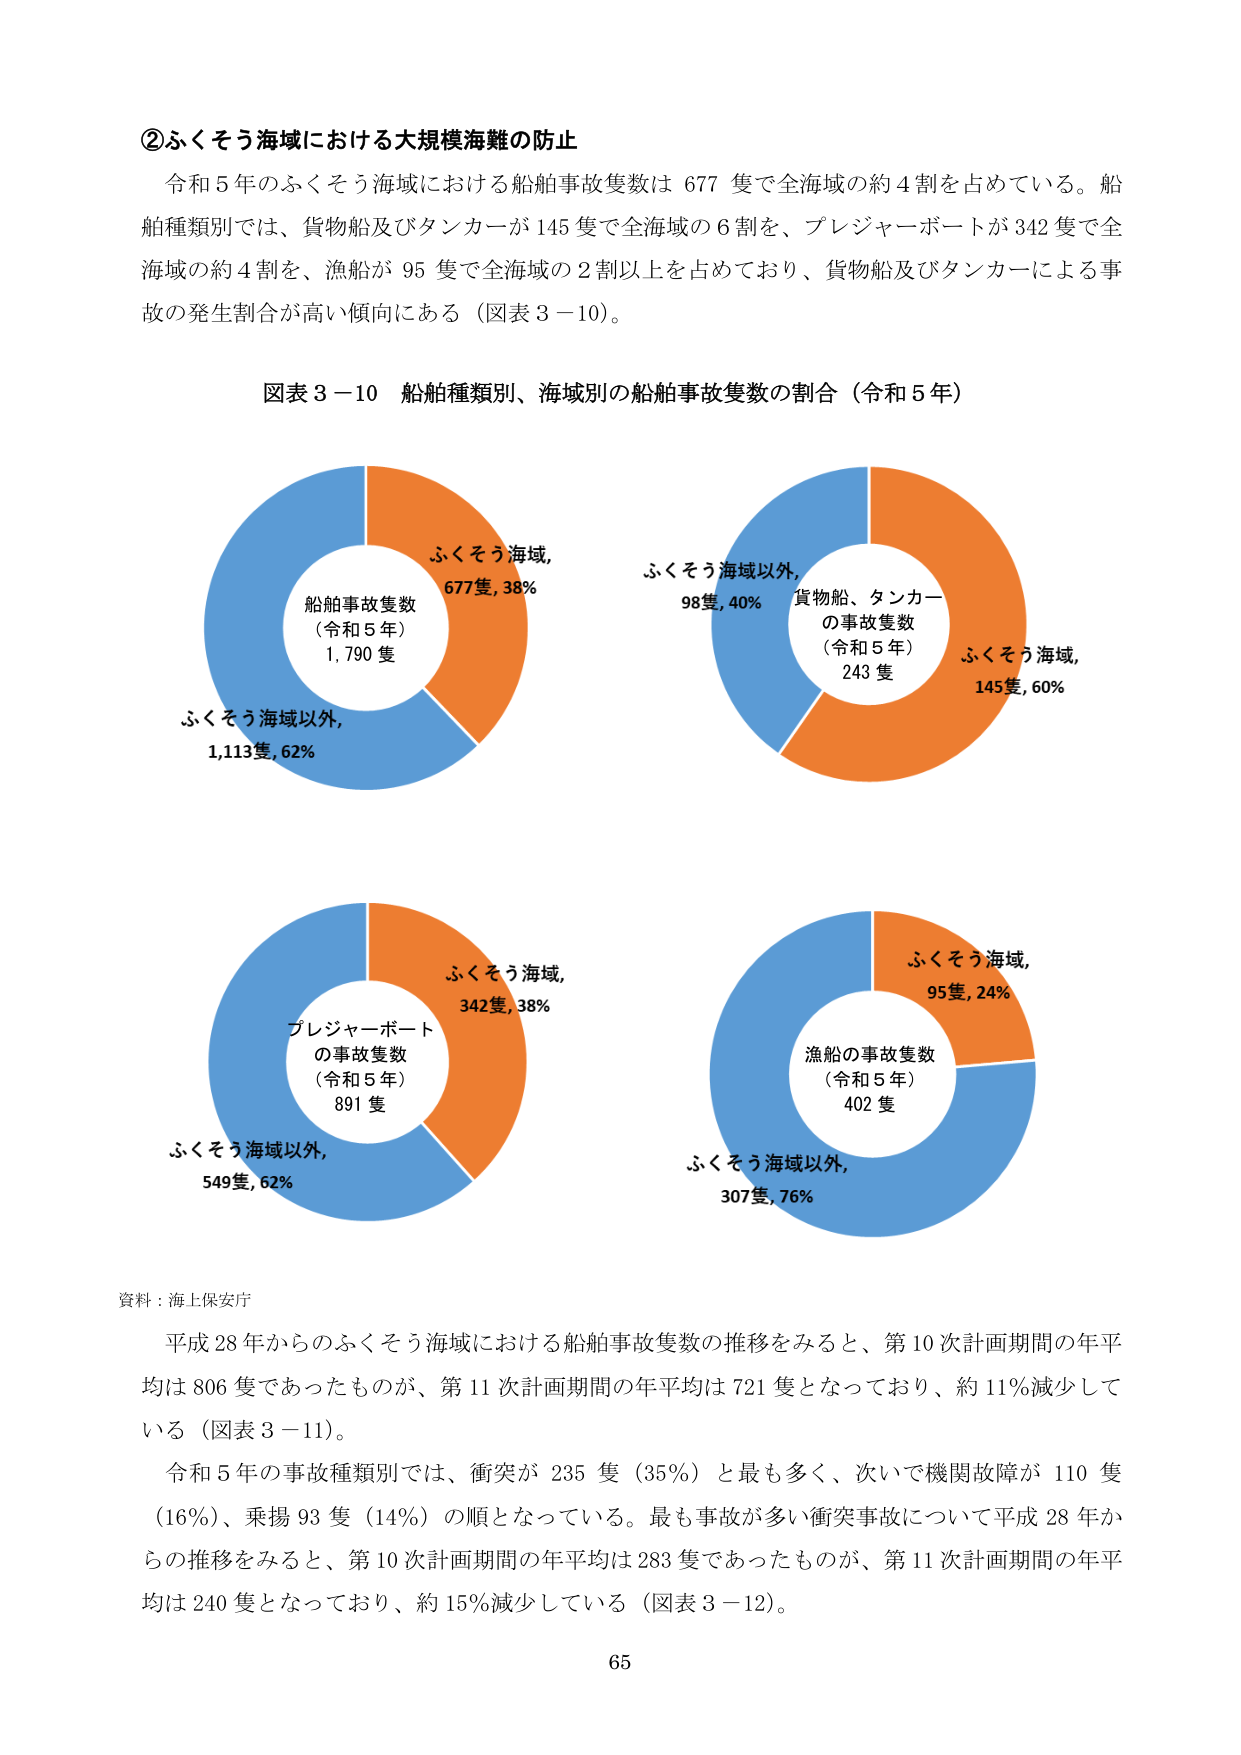
②ふくそう海域における大規模海難の防止
令和５年のふくそう海域における船舶事故隻数は 677 隻で全海域の約４割を占めている。船舶種類別では、貨物船及びタンカーが 145 隻で全海域の６割を、プレジャーボートが 342 隻で全海域の約４割を、漁船が 95 隻で全海域の２割以上を占めており、貨物船及びタンカーによる事故の発生割合が高い傾向にある（図表３－10）。

図表３－10 船舶種類別、海域別の船舶事故隻数の割合（令和５年）

ふくそう海域,
677隻, 38%
船舶事故隻数
（令和５年）
1,790 隻
ふくそう海域以外,
1,113隻, 62%

ふくそう海域以外,
98隻, 40%
貨物船、タンカー
の事故隻数
（令和５年）
243 隻
ふくそう海域,
145隻, 60%

ふくそう海域,
342隻, 38%
プレジャーボート
の事故隻数
（令和５年）
891 隻
ふくそう海域以外,
549隻, 62%

ふくそう海域,
95隻, 24%
漁船の事故隻数
（令和５年）
402 隻
ふくそう海域以外,
307隻, 76%

資料：海上保安庁
平成28年からのふくそう海域における船舶事故隻数の推移をみると、第10次計画期間の年平均は 806 隻であったものが、第11次計画期間の年平均は 721 隻となっており、約 11％減少している（図表３－11）。
令和５年の事故種類別では、衝突が 235 隻（35％）と最も多く、次いで機関故障が 110 隻（16％）、乗揚 93 隻（14％）の順となっている。最も事故が多い衝突事故について平成28年からの推移をみると、第10次計画期間の年平均は 283 隻であったものが、第11次計画期間の年平均は 240 隻となっており、約 15％減少している（図表３－12）。

65